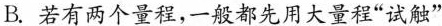
B.若有两个量程，一般都先用大量程”试触”